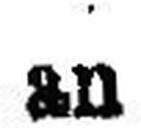
an